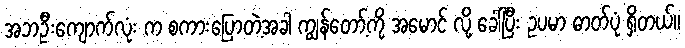
အဘဦးကျောက်လုံး က စကားပြောတဲ့အခါ ကျွန်တော့်ကို အမောင် လို့ ခေါ်ပြီး ဥပမာ ဓာတ်ပုံ ရှိတယ်။